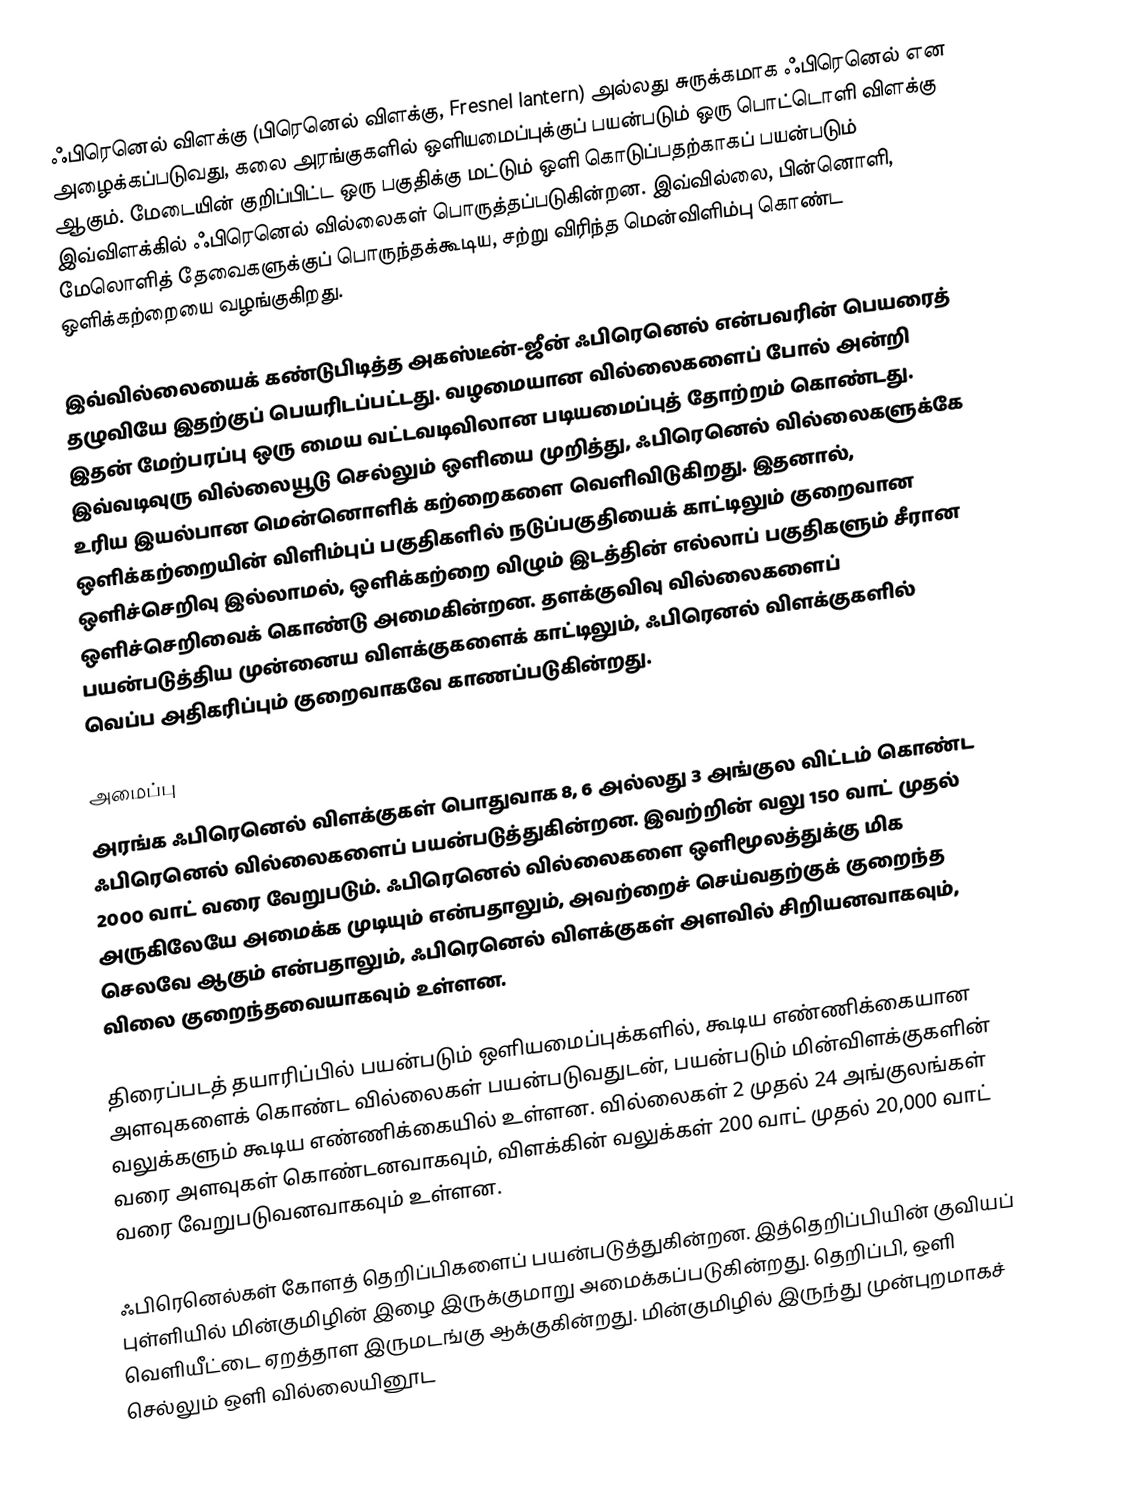
ஃபிரெனெல் விளக்கு (பிரெனெல் விளக்கு, Fresnel lantern) அல்லது சுருக்கமாக ஃபிரெனெல் என அழைக்கப்படுவது, கலை அரங்குகளில் ஒளியமைப்புக்குப் பயன்படும் ஒரு பொட்டொளி விளக்கு ஆகும். மேடையின் குறிப்பிட்ட ஒரு பகுதிக்கு மட்டும் ஒளி கொடுப்பதற்காகப் பயன்படும் இவ்விளக்கில் ஃபிரெனெல் வில்லைகள் பொருத்தப்படுகின்றன. இவ்வில்லை, பின்னொளி, மேலொளித் தேவைகளுக்குப் பொருந்தக்கூடிய, சற்று விரிந்த மென்விளிம்பு கொண்ட ஒளிக்கற்றையை வழங்குகிறது.

இவ்வில்லையைக் கண்டுபிடித்த அகஸ்டீன்-ஜீன் ஃபிரெனெல் என்பவரின் பெயரைத் தழுவியே இதற்குப் பெயரிடப்பட்டது. வழமையான வில்லைகளைப் போல் அன்றி இதன் மேற்பரப்பு ஒரு மைய வட்டவடிவிலான படியமைப்புத் தோற்றம் கொண்டது. இவ்வடிவுரு வில்லையூடு செல்லும் ஒளியை முறித்து, ஃபிரெனெல் வில்லைகளுக்கே உரிய இயல்பான மென்னொளிக் கற்றைகளை வெளிவிடுகிறது. இதனால், ஒளிக்கற்றையின் விளிம்புப் பகுதிகளில் நடுப்பகுதியைக் காட்டிலும் குறைவான ஒளிச்செறிவு இல்லாமல், ஒளிக்கற்றை விழும் இடத்தின் எல்லாப் பகுதிகளும் சீரான ஒளிச்செறிவைக் கொண்டு அமைகின்றன. தளக்குவிவு வில்லைகளைப் பயன்படுத்திய முன்னைய விளக்குகளைக் காட்டிலும், ஃபிரெனல் விளக்குகளில் வெப்ப அதிகரிப்பும் குறைவாகவே காணப்படுகின்றது.

அமைப்பு
அரங்க ஃபிரெனெல் விளக்குகள் பொதுவாக 8, 6 அல்லது 3 அங்குல விட்டம் கொண்ட ஃபிரெனெல் வில்லைகளைப் பயன்படுத்துகின்றன. இவற்றின் வலு 150 வாட் முதல் 2000 வாட் வரை வேறுபடும். ஃபிரெனெல் வில்லைகளை ஒளிமூலத்துக்கு மிக அருகிலேயே அமைக்க முடியும் என்பதாலும், அவற்றைச் செய்வதற்குக் குறைந்த செலவே ஆகும் என்பதாலும், ஃபிரெனெல் விளக்குகள் அளவில் சிறியனவாகவும், விலை குறைந்தவையாகவும் உள்ளன.

திரைப்படத் தயாரிப்பில் பயன்படும் ஒளியமைப்புக்களில், கூடிய எண்ணிக்கையான அளவுகளைக் கொண்ட வில்லைகள் பயன்படுவதுடன், பயன்படும் மின்விளக்குகளின் வலுக்களும் கூடிய எண்ணிக்கையில் உள்ளன. வில்லைகள் 2 முதல் 24 அங்குலங்கள் வரை அளவுகள் கொண்டனவாகவும், விளக்கின் வலுக்கள் 200 வாட் முதல் 20,000 வாட் வரை வேறுபடுவனவாகவும் உள்ளன.

ஃபிரெனெல்கள் கோளத் தெறிப்பிகளைப் பயன்படுத்துகின்றன. இத்தெறிப்பியின் குவியப் புள்ளியில் மின்குமிழின் இழை இருக்குமாறு அமைக்கப்படுகின்றது. தெறிப்பி, ஒளி வெளியீட்டை ஏறத்தாள இருமடங்கு ஆக்குகின்றது. மின்குமிழில் இருந்து முன்புறமாகச் செல்லும் ஒளி வில்லையினூட